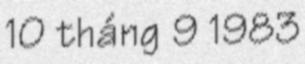
10 tháng 9 1983